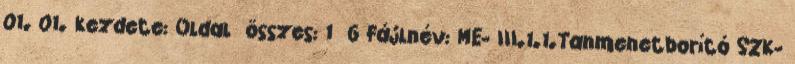
01. 01. kezdete: Oldal összes: 1 6 Fájlnév: ME- III.1.1.Tanmenetborító SZK-